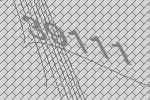
39111